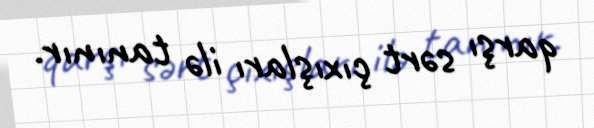
qarşı sərt çıxışları ilə tanınır.